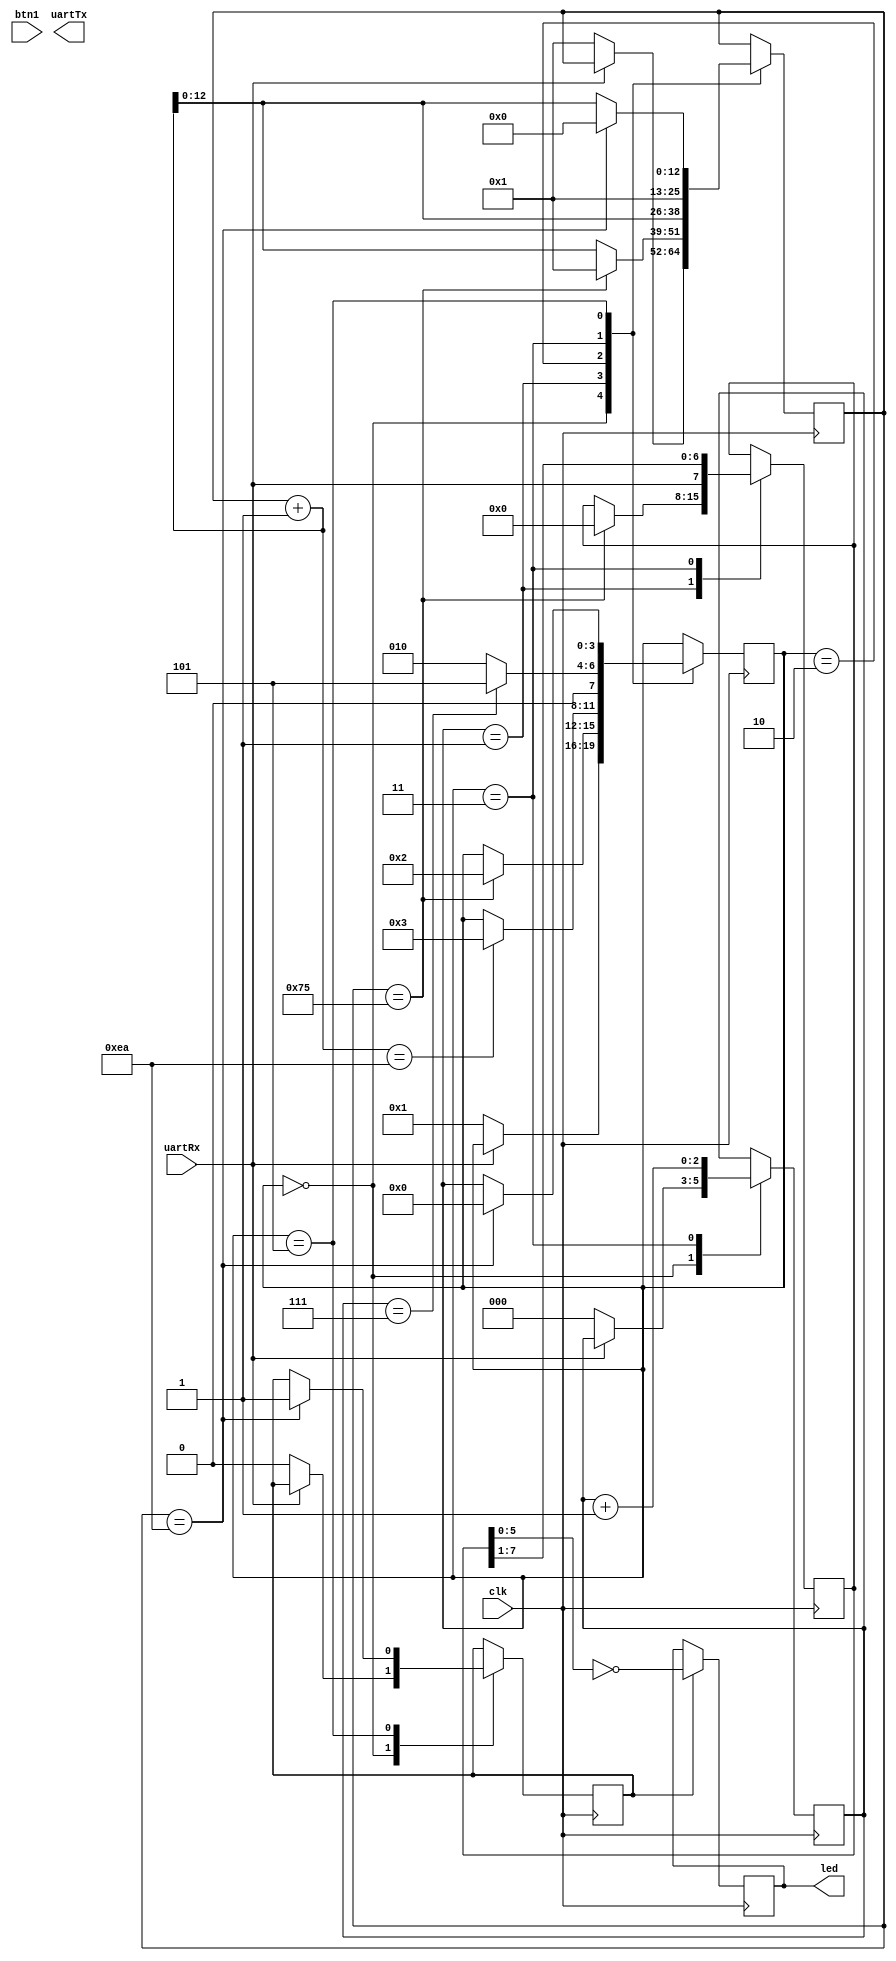
`default_nettype none

module uart
#(
    parameter CYCLES_PER_BIT = 234
)
(
    input clk,
    input uartRx,
    output uartTx,
    output reg [5:0] led,
    input btn1
);

localparam CYCLES_PER_READ = (CYCLES_PER_BIT/2); // read at the middle of a bit in case of clock wonkyness

reg [3:0] rxState = 0; // state of the uart state machine
reg [12:0] rxCounter = 0; // number of clock cycle in current rx
reg [2:0] rxBitNumber = 0; // number of rx data bits read since start bit
reg [7:0] dataIn = 0; // 8 bit uart rx data
reg byteReady = 0; // if all the 8 bits of rx are read or nah

localparam RX_STATE_IDLE = 0;
localparam RX_STATE_START_BIT = 1;
localparam RX_STATE_READ_WAIT = 2;
localparam RX_STATE_READ = 3;
localparam RX_STATE_STOP_BIT = 5;

always @(posedge clk) begin
    case (rxState)
        RX_STATE_IDLE: begin
            if (uartRx == 0) begin // reset if it's pulled low
                rxState <= RX_STATE_START_BIT;
                rxCounter <= 1; // we start the read clock counter
                rxBitNumber <= 0;
                byteReady <= 0; // no data is indeed not ready 
            end
        end
        RX_STATE_START_BIT: begin
            if (rxCounter == CYCLES_PER_READ) begin
                rxState <= RX_STATE_READ_WAIT;
                rxCounter <= 1;
                dataIn <= 0;
            end else
                rxCounter <= rxCounter + 1;
        end 
        RX_STATE_READ_WAIT: begin
            rxCounter<= rxCounter +1;
            if ((rxCounter+1) == CYCLES_PER_BIT) begin
                rxState <= RX_STATE_READ;
            end 
        end
        RX_STATE_READ: begin
            rxCounter <= 1;
            dataIn <= {uartRx, dataIn[7:1]}; 
            rxBitNumber <= rxBitNumber + 1;
            if (rxBitNumber == 7) begin
                rxState <= RX_STATE_STOP_BIT;
            end else 
                rxState <= RX_STATE_READ_WAIT;
        end
        RX_STATE_STOP_BIT: begin
            rxCounter <= rxCounter + 1;
            if (rxCounter == CYCLES_PER_BIT) begin
                rxState <= RX_STATE_IDLE;
                byteReady <= 1;
                rxCounter <= 0;
            end 
        end
    endcase
end

always @(posedge clk) begin
    if (byteReady) begin
        led <= ~dataIn[5:0];
    end
end
endmodule